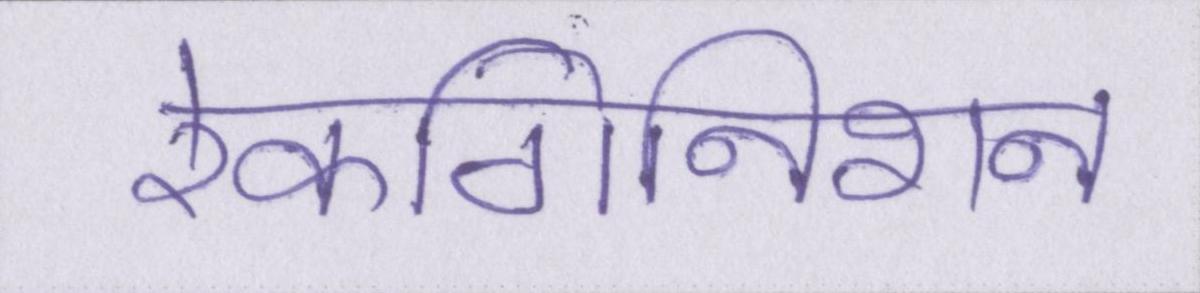
रेकगिनिशन